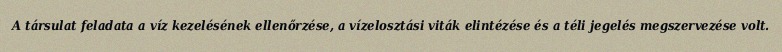
A társulat feladata a víz kezelésének ellenőrzése, a vízelosztási viták elintézése és a téli jegelés megszervezése volt.